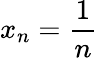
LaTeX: x_{n}={\frac{1}{n}}